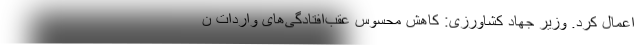
اعمال کرد. وزیر جهاد کشاورزی: کاهش محسوس عقب‌افتادگی‌های واردات ن